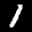
Label: 1